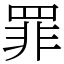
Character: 罪